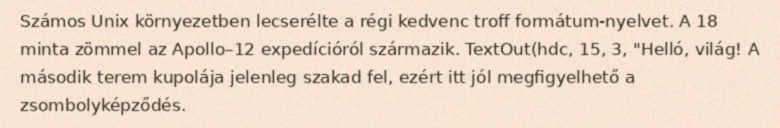
Számos Unix környezetben lecserélte a régi kedvenc troff formátum-nyelvet. A 18 minta zömmel az Apollo–12 expedícióról származik. TextOut(hdc, 15, 3, "Helló, világ! A második terem kupolája jelenleg szakad fel, ezért itt jól megfigyelhető a zsombolyképződés.